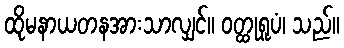
ထိုမနာယတနအားသာလျှင်။ ဝတ္ထုရူပံ၊ သည်။